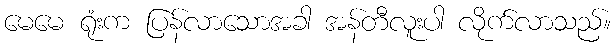
မေမေ ရုံးက ပြန်လာသောအခါ အန်တီလူးပါ လိုက်လာသည်။